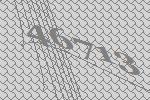
46713